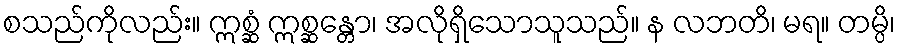
စသည်ကိုလည်း။ ဣစ္ဆံ ဣစ္ဆန္တော၊ အလိုရှိသောသူသည်။ န လဘတိ၊ မရ။ တမ္ပိ၊